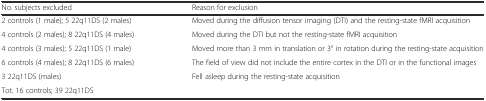
| No. subjects excluded | Reason for exclusion |
 | --- | --- |
 | 2 controls (1 male); 5 22q11DS (2 males) | Moved during the diffusion tensor imaging (DTI) and the resting-state fMRI acquisition |
 | 4 controls (2 males); 8 22q11DS (4 males) | Moved during the DTI but not the resting-state fMRI acquisition |
 | 4 controls (3 males); 5 22q11DS (1 male) | Moved more than 3 mm in translation or 3° in rotation during the resting-state acquisition |
 | 6 controls (4 males); 8 22q11DS (6 males) | The field of view did not include the entire cortex in the DTI or in the functional images |
 | 3 22q11DS (males) | Fell asleep during the resting-state acquisition |
 | <COLSPAN=2> Tot. 16 controls; 39 22q11DS |